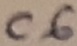
Text: C6